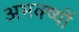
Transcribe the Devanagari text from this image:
अभक्ष्यों